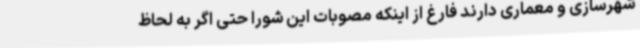
شهرسازی و معماری دارند فارغ از اینکه مصوبات این شورا حتی اگر به لحاظ